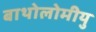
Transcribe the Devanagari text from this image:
बाथोलोमीयु